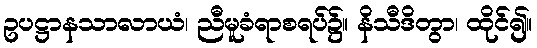
ဥပဋ္ဌာနသာလာယံ၊ ညီမူခံရာစရပ်၌။ နိသီဒိတွာ၊ ထိုင်၍။